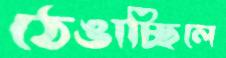
ঠেঙাচ্ছিলে